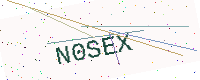
Text: N0SEX